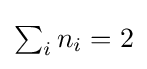
{\textstyle \sum _{i}n_{i}=2}